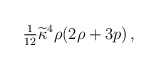
\begin{align*}{\textstyle{1\over12}}\widetilde{\kappa}^4\rho(2\rho+3p)\,,\end{align*}